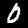
Label: 0